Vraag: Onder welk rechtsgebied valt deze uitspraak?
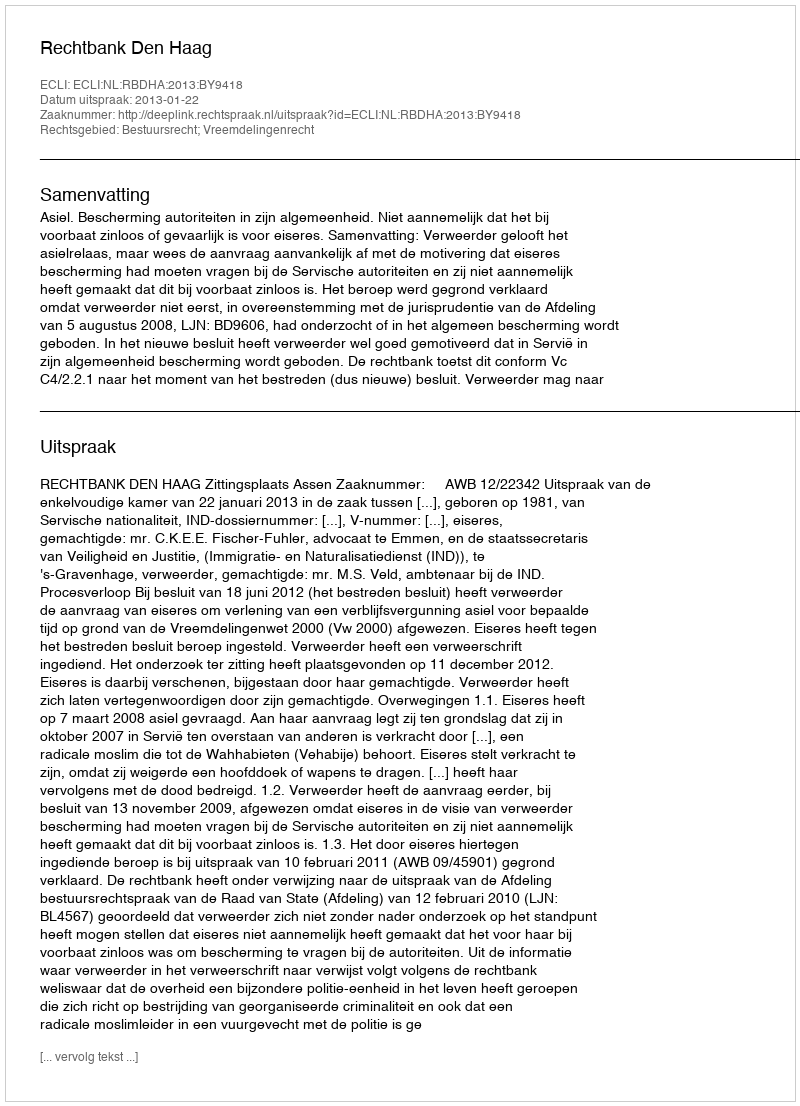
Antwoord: Bestuursrecht; Vreemdelingenrecht